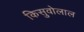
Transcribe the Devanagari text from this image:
किसुवोलाल